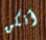
أنكن